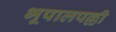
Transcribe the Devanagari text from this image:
भूपालपल्ली